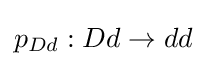
p_{Dd}:Dd\rightarrow dd